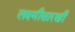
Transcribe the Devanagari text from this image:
लक्ष्मीसारखी